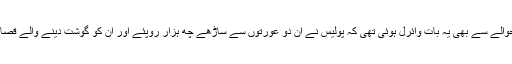
چند روز قبل مندسور میں خواتین کے ساتھ جو بیف معاملہ سامنے آیا تھا، اس کے حوالے سے بھی یہ بات وائرل ہوئی تھی کہ پولیس نے ان دو عورتوں سے ساڑھے چھ ہزار روپئے اور ان کو گوشت دینے والے قصائی سے دس ہزار روپئے وصول کیے، جس کی انھیں کوئی رسید تک نہیں دی گئی۔